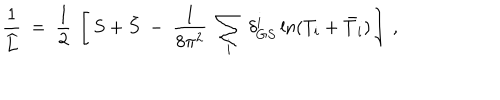
\frac { 1 } { \widehat L } \ = \ \frac { 1 } { 2 } \ \left[ \, S + \bar { S } \ - \ \frac { 1 } { 8 \pi ^ { 2 } } \ \sum _ { i } \, \delta _ { G S } ^ { i } \ln ( T _ { i } + \bar { T } _ { i } ) \, \right] \ ,